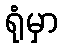
ရုံမှာ